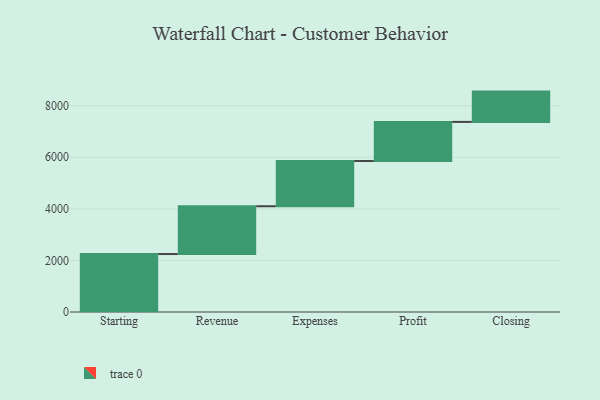
{"axis": {"x": "Step", "y": "Value"}, "legend": [""], "data": [{"x": "Starting", "y": 2247.0, "type": ""}, {"x": "Revenue", "y": 1854.0, "type": ""}, {"x": "Expenses", "y": 1753.0, "type": ""}, {"x": "Profit", "y": 1517.0, "type": ""}, {"x": "Closing", "y": 1175.0, "type": ""}]}